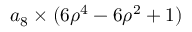
a _ { 8 } \times ( 6 \rho ^ { 4 } - 6 \rho ^ { 2 } + 1 )